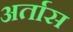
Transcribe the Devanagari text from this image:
अर्तास